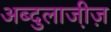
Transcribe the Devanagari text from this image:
अब्दुलाजी़ज़